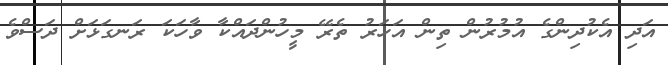
އަދި އެކުދިންގެ އުމުރުން ތިން އަހަރު ތެރޭ މީހުންދައްކާ ވާހަކަ ރަނގަޅަށް ދަސްވެ